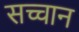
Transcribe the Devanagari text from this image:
सच्चान